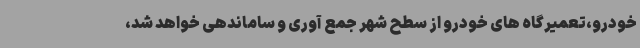
خودرو،تعمیرگاه های خودرو از سطح شهر جمع آوری و ساماندهی خواهد شد،